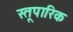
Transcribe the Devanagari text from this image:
स्तूपारिक